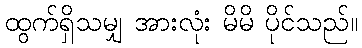
ထွက်ရှိသမျှ အားလုံး မိမိ ပိုင်သည်။